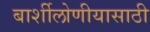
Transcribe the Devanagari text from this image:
बार्शीलोणीयासाठी